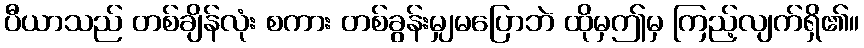
ပီယာသည် တစ်ချိန်လုံး စကား တစ်ခွန်းမျှမပြောဘဲ ထိုမှဤမှ ကြည့်လျက်ရှိ၏။